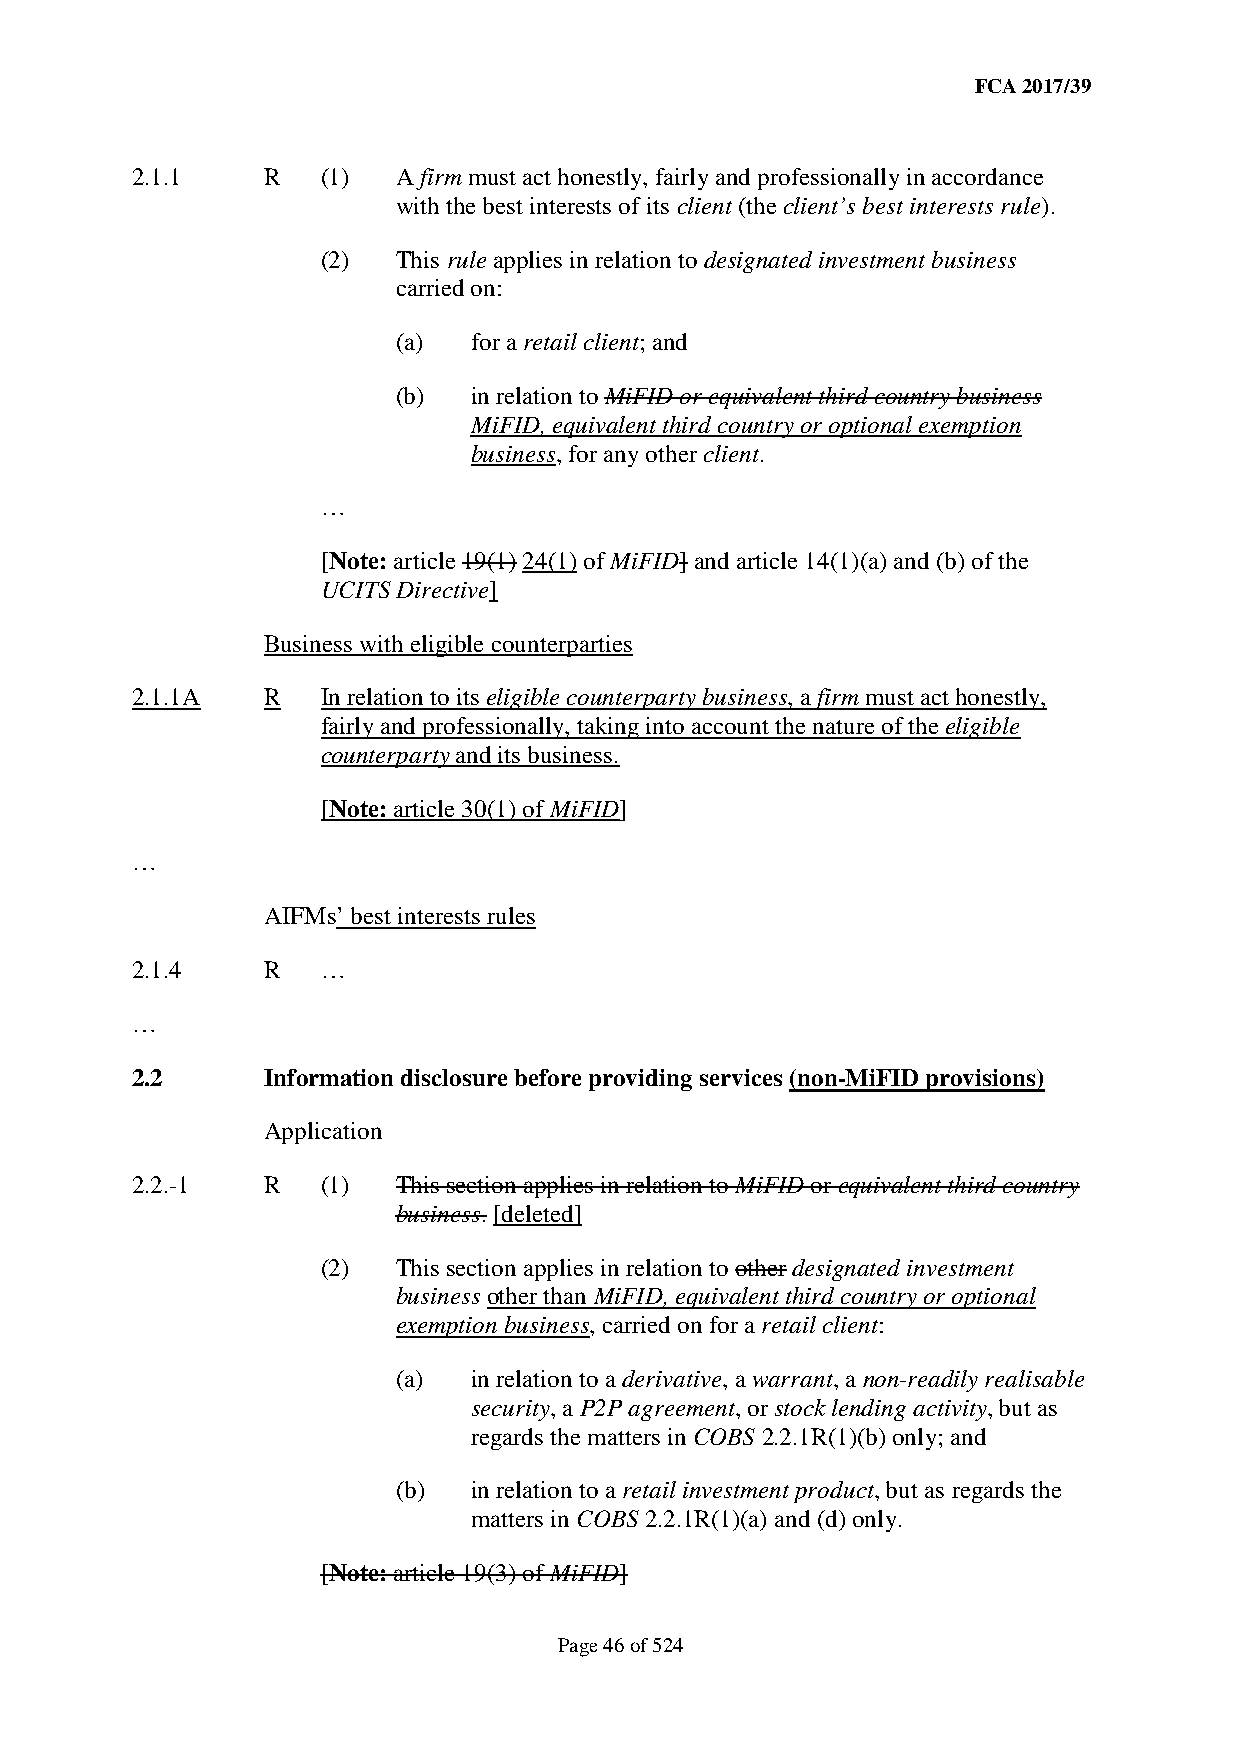
FCA 2017/39
 2.1.1   R   (1)  A firm must act honestly, fairly and professionally in accordance
 with the best interests of its client (the client’s best interests rule).
 (2)  This rule applies in relation to designated investment business
 carried on:
 (a)  for a retail client; and
 (b)  in relation to MiFID or equivalent third country business
 MiFID, equivalent third country or optional exemption
 business, for any other client.
 …
 [Note: article 19(1) 24(1) of MiFID] and article 14(1)(a) and (b) of the
 UCITS Directive]
 Business with eligible counterparties
 2.1.1A  R   In relation to its eligible counterparty business, a firm must act honestly,
 fairly and professionally, taking into account the nature of the eligible
 counterparty and its business.
 [Note: article 30(1) of MiFID]
 …
 AIFMs’ best interests rules
 2.1.4   R   …
 …
 2.2     Information disclosure before providing services (non-MiFID provisions)
 Application
 2.2.-1  R   (1)  This section applies in relation to MiFID or equivalent third country
 business. [deleted]
 (2)  This section applies in relation to other designated investment
 business other than MiFID, equivalent third country or optional
 exemption business, carried on for a retail client:
 (a)  in relation to a derivative, a warrant, a non-readily realisable
 security, a P2P agreement, or stock lending activity, but as
 regards the matters in COBS 2.2.1R(1)(b) only; and
 (b)  in relation to a retail investment product, but as regards the
 matters in COBS 2.2.1R(1)(a) and (d) only.
 [Note: article 19(3) of MiFID]
 Page 46 of 524